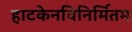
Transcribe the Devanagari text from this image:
हाटकेनविनिर्मितम